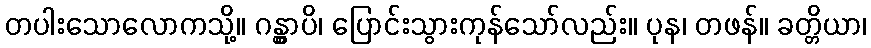
တပါးသောလောကသို့။ ဂန္တွာပိ၊ ပြောင်းသွားကုန်သော်လည်း။ ပုန၊ တဖန်။ ခတ္တိယာ၊